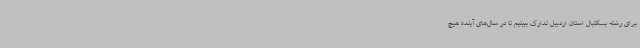
برای رشته بسکتبال استان اردبیل تدارک ببینیم تا در سال‌های آینده هیچ